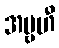
အဗ္ဗဟီ